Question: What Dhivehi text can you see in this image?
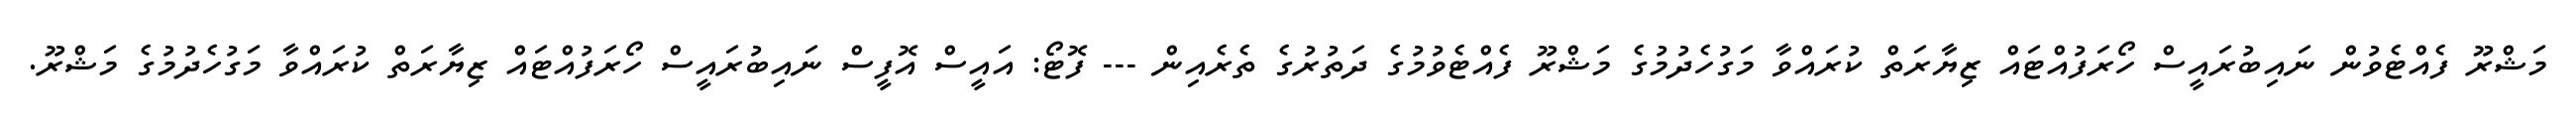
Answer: މަޝްރޫ ފެއްޓެވުން ނައިބުރައީސް ހޯރަފުއްޓައް ޒިޔާރަތް ކުރައްވާ މަގުހެދުމުގެ މަޝްރޫ ފެއްޓެވުމުގެ ދަތުރުގެ ތެރެއިން --- ފޮޓޯ: އައީސް އޮފީސް ނައިބުރައީސް ހޯރަފުއްޓައް ޒިޔާރަތް ކުރައްވާ މަގުހެދުމުގެ މަޝްރޫ.